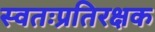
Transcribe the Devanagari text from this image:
स्वतःप्रतिरक्षक